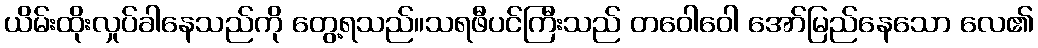
ယိမ်းထိုးလှုပ်ခါနေသည်ကို တွေ့ရသည်။သရဖီပင်ကြီးသည် တဝေါဝေါ အော်မြည်နေသော လေ၏